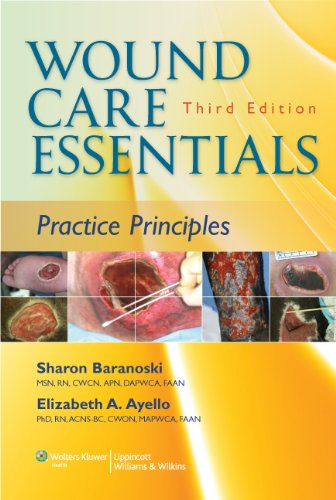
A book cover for Wound Care Essentials: Practice Principles (Baraonski, Wound Care Essentials); Sharon Baranoski MSN  RN  CWOCN  APN  FAAN; Medical Books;